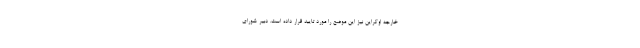
خارجه اوکراین نیز این موضع را مورد تایید قرار داده است. دبیر شورای